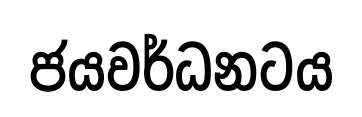
ජයවර්ධනටය